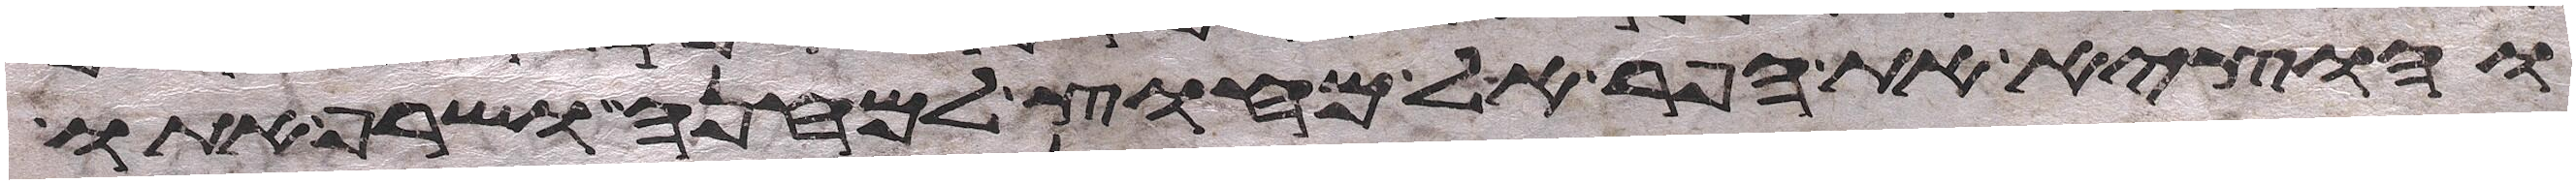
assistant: והוציא את הפר אל מחוץ למחנה ושרף אתו